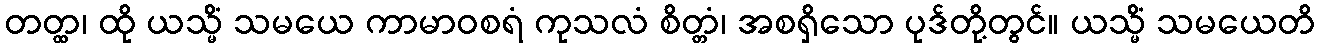
တတ္ထ၊ ထို ယသ္မိံ သမယေ ကာမာဝစရံ ကုသလံ စိတ္တံ၊ အစရှိသော ပုဒ်တို့တွင်။ ယသ္မိံ သမယေတိ